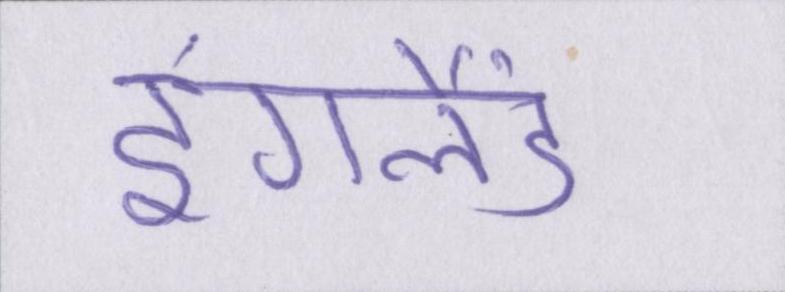
इंगलैंड